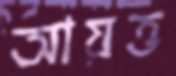
আয়ত্ত